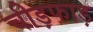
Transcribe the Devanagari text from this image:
चीड़फाड़